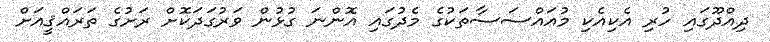
ދިއްދޫގައި ހުރި އެކިއެކި މުއައްސަސާތަކުގެ މެދުގައި އޮންނަ ގުޅުން ވަރުގަދަކޮށް ރަށުގެ ތަރައްޤީއަށް